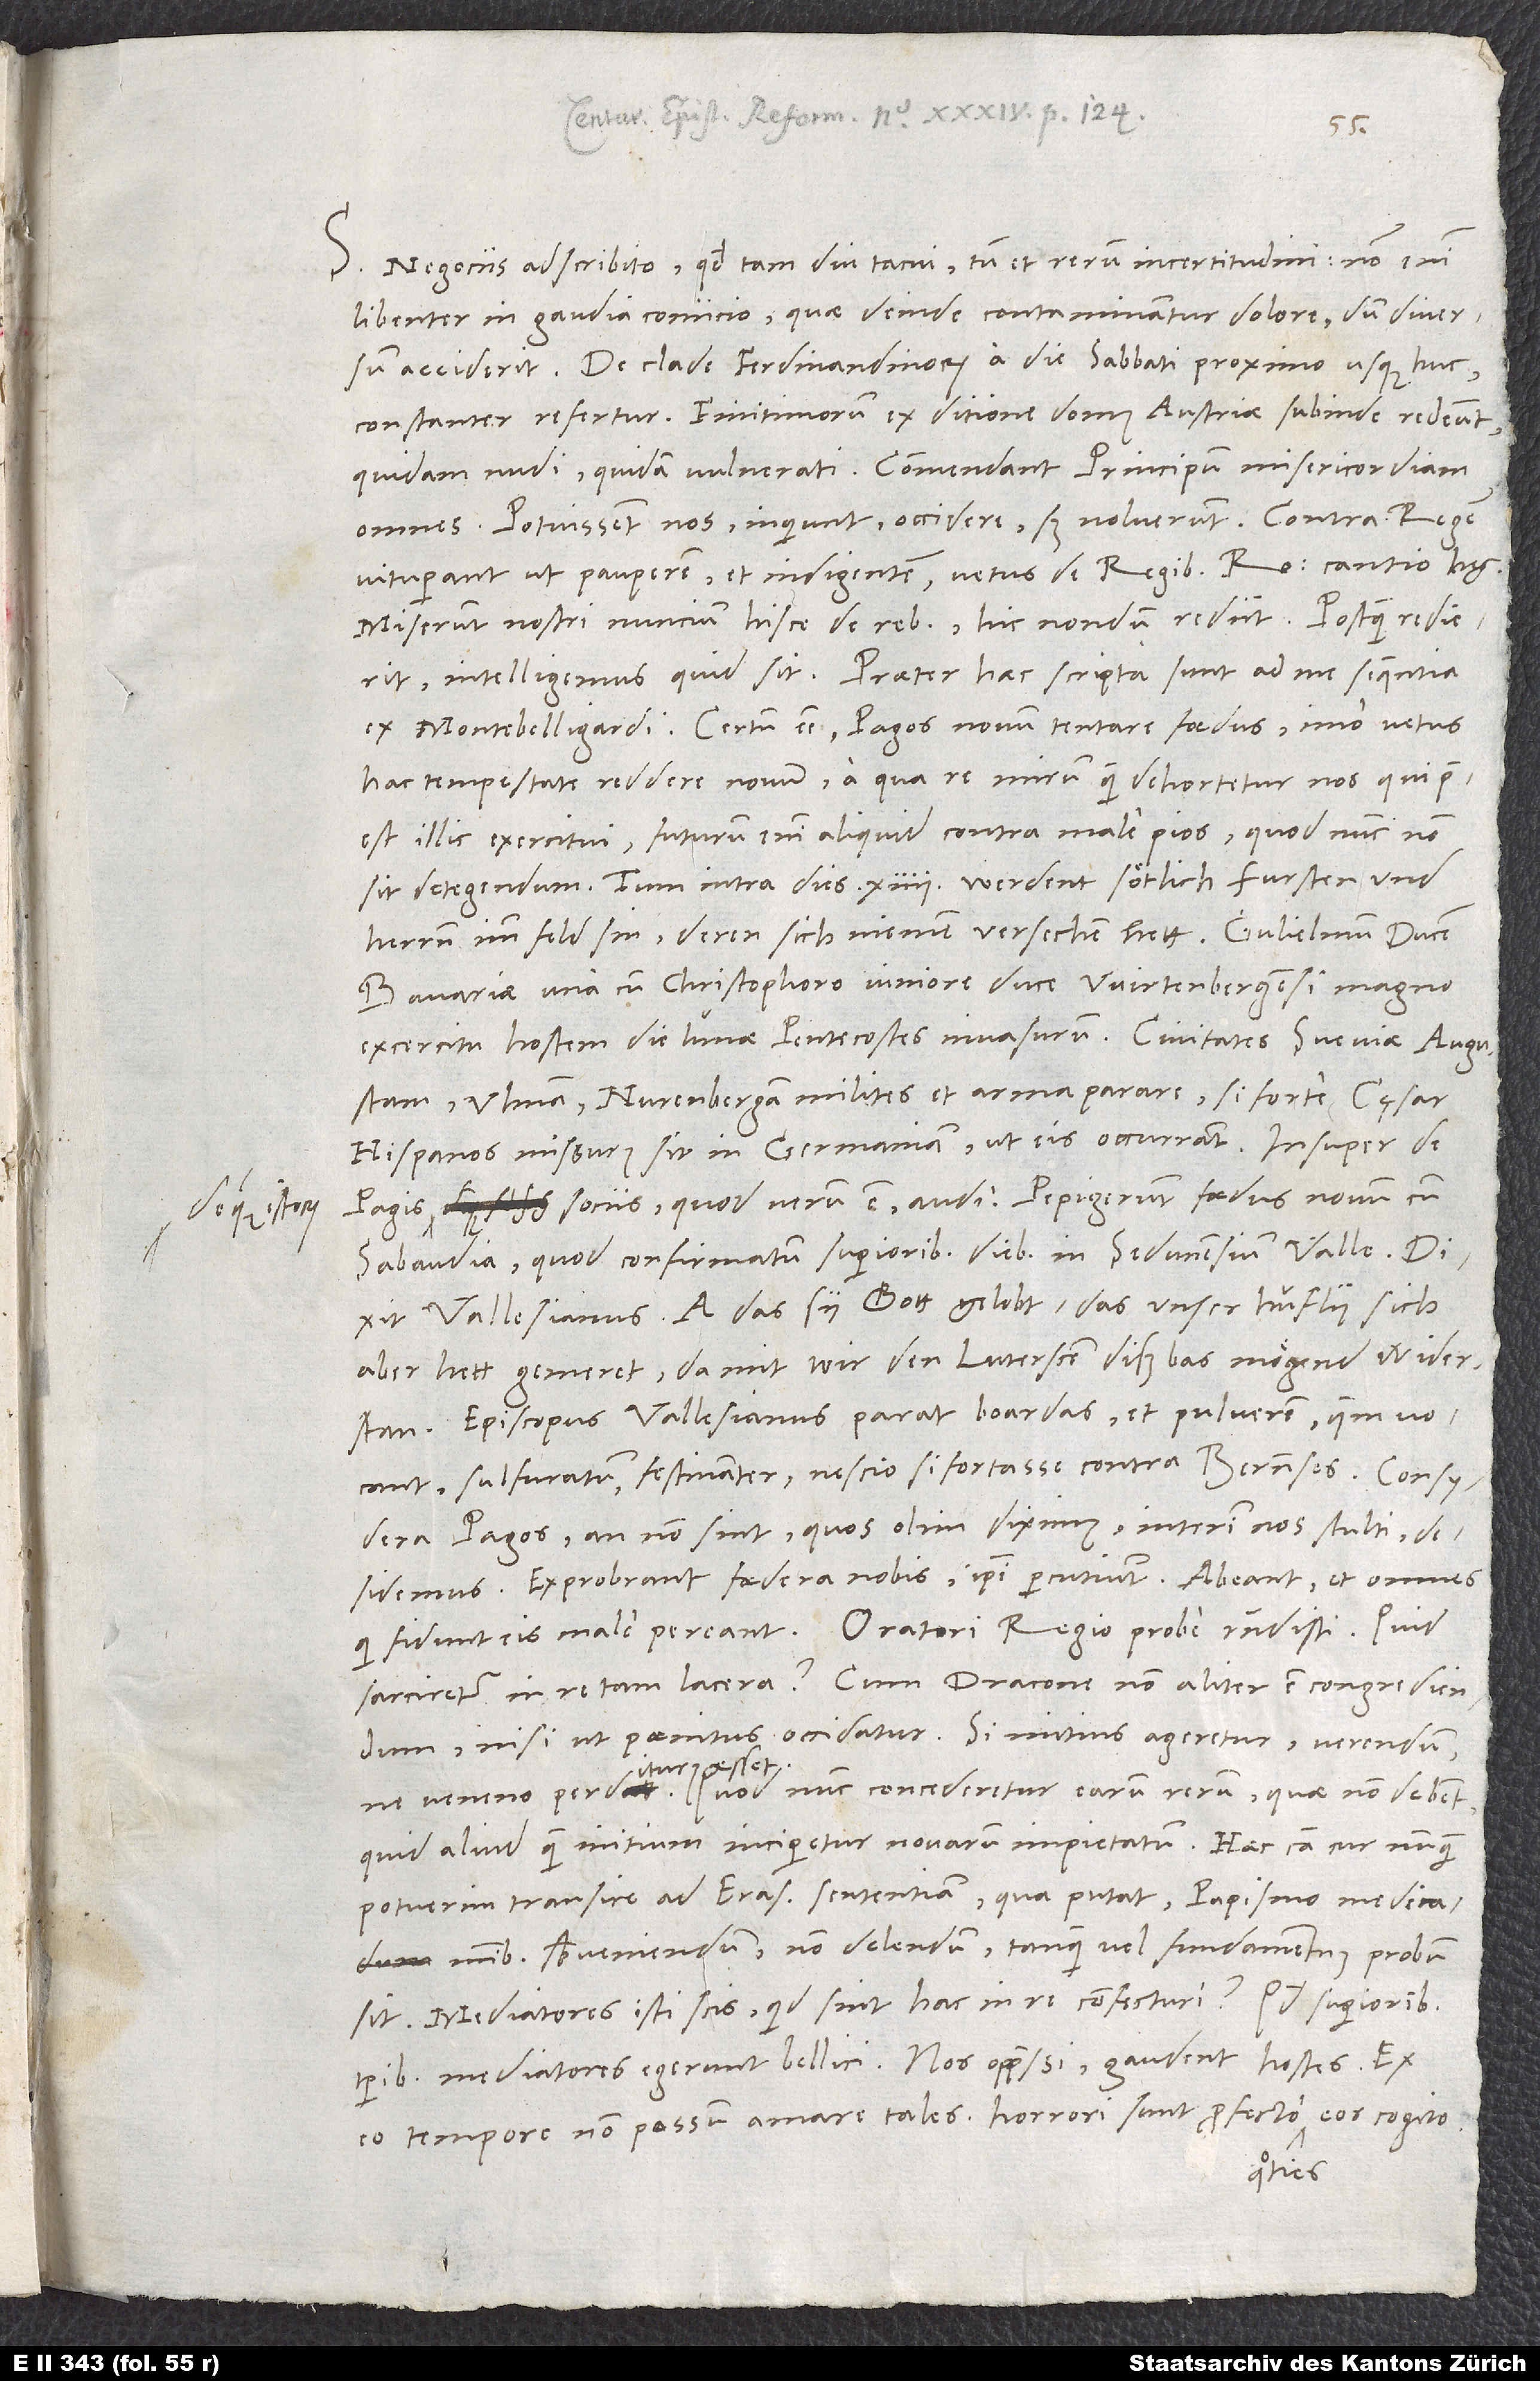
S. Negociis adscribito, quod tam diu tacui, tum et rerum incertitudini. Non enim
libenter in gaudia coniicio, quae deinde contaminantur dolore, dum diversum
acciderit. De clade Ferdinandinorum a die sabbati proximo usque huc
constanter refertur. Finitimorum ex ditione domus Austriae subinde redeunt
omnes: «Potuissent nos», inquiunt, «occidere, sed noluerunt.» Contra regem
vituperant ut pauperem et indigentem. Vetus de regibus Romanis cantio haec,
Miserunt nostri nuncium hisce de rebus. Hic nondum rediit. Postquam redierit,
intelligemus, quid sit. Praeter haec scripta sunt ad me sequentia
ex Montebelligardi: certum esse Pagos novum tentare foedus, imo vetus
hac tempestate reddere novum a qua re mirum quam dehortetur nos, qui praeest
illic exercitui. Futurum enim aliquid contra male pios, quod nunc non
sit detegendum. Tum intra dies 14 werdent sötlich fursten und
herren imm feld sin, deren sich niemen versechen hett. Gulielmum diß
Episcopus Vallesianus parat boardas et pulverem, quem vocant,
sulfuratum festinanter, nescio si fortasse contra Bernenses. Consydera
Pagos, an non sint, quos olim diximus. Interim nos stulti
desidemus. Exprobrant foedera nobis, ipsi percutiunt. Abeant, et omnes,
sarciretur in re tam lacera? Cum dracone non aliter est congrediendum,
nisi ut poenitus occidatur. Si mitius ageretur, verendum,
esset.
quid aliud quam initium inciperetur novarum impietatum? Haec causa, cur nunquam
potuerim transire ad Eras sententiam, qua putat papismo medicaminibus
subveniendum, non delendum, tanquam vel fundamentum probum
sit. Mediatores isti scis quid sint hac in re confecturi: quod superioribus
hostes. Ex
temporibus mediatores egerunt bellici: nos oppressi, gaudent
eo tempore non possum amare tales. Horrori sunt profecto, quoties eos cogito.